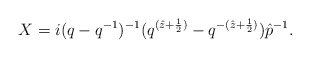
\begin{align*}X=i(q-q^{-1})^{-1}(q^{(\hat{z}+\frac{1}{2})}-q^{-(\hat{z}+\frac{1}{2})})\hat{p}^{-1} .\end{align*}